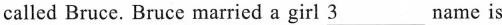
is called Bruce. Bruce married a girl \underline{3} name is